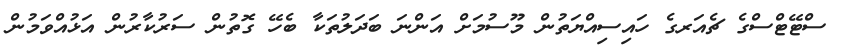
ސްޓޭޓްސްގެ ޗެއަރގެ ހައިސިއްޔަތުން މޫސުމަށް އަންނަ ބަދަލުތަކާ ބެހޭ ގޮތުން ސަރުކާރުން އަޅުއްވަމުން